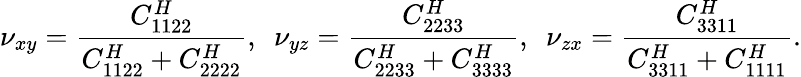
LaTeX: \nu_{xy}=\frac{C_{1122}^{H}}{C_{1122}^{H}+C_{2222}^{H}},\, \, \, \nu_{yz}=\frac{C_{2233}^{H}}{C_{2233}^{H}+C_{3333}^{H}},\, \, \, \nu_{zx}=\frac{C_{3311}^{H}}{C_{3311}^{H}+C_{1111}^{H}}.